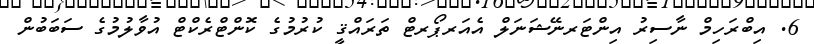
6. އިބްރަހިމް ނާސިރު އިންޓަރނޭޝަނަލް އެއަރޕޯރޓް ތަރައްޤީ ކުރުމުގެ ކޮންޓްރެކްޓް އުވާލުމުގެ ސަބަބުން